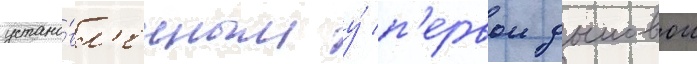
устано́вл'енным у́ п'ервои дымовои